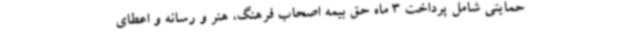
حمایتی شامل پرداخت 3 ماه حق بیمه اصحاب فرهنگ، هنر و رسانه و اعطای